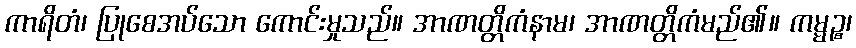
ကာရိတံ၊ ပြုစေအပ်သော ကောင်းမှုသည်။ အာဏတ္တိကံနာမ၊ အာဏတ္တိကံမည်၏။ ကမ္မဉ္စ၊